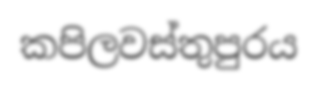
කපිලවස්තුපුරය